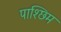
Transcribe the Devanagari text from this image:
पाश्छिम